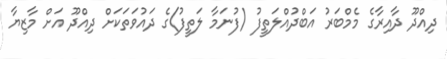
ދިއްދޫ ދާއިރާގެ މެމްބަރު އަބްދުއްލަތީފު (ފުނަމާ ލަތީފު)ގެ ދައުވަތަކަށް ދިއްދޫ އަށް މާޒިޔާ